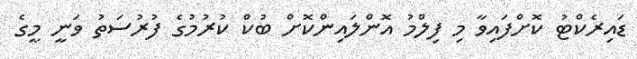
ޑައިރެކްޓު ކޮށްފައިވާ މި ފިލްމު އޮންލައިންކޮށް ބުކް ކުރުމުގެ ފުރުސަތު ވަނީ މީގެ